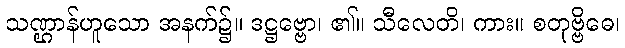
သဏ္ဌာန်ဟူသော အနက်၌။ ဒဋ္ဌဗ္ဗော၊ ၏။ သီလေတိ၊ ကား။ စတုဗ္ဗိဓေ၊